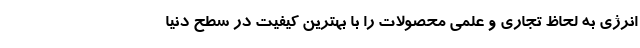
انرژی به لحاظ تجاری و علمی محصولات را با بهترین کیفیت در سطح دنیا